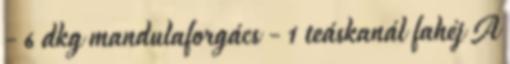
- 6 dkg mandulaforgács - 1 teáskanál fahéj A